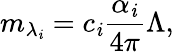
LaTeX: m_{\lambda_{\mathit{i}}}=c_{\mathit{i}}\frac{{\alpha_{\mathit{i}}}}{{4\pi}}\Lambda,